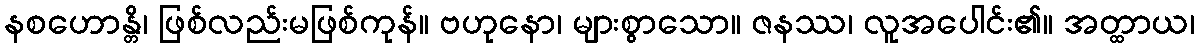
နစဟောန္တိ၊ ဖြစ်လည်းမဖြစ်ကုန်။ ဗဟုနော၊ များစွာသော။ ဇနဿ၊ လူအပေါင်း၏။ အတ္ထာယ၊